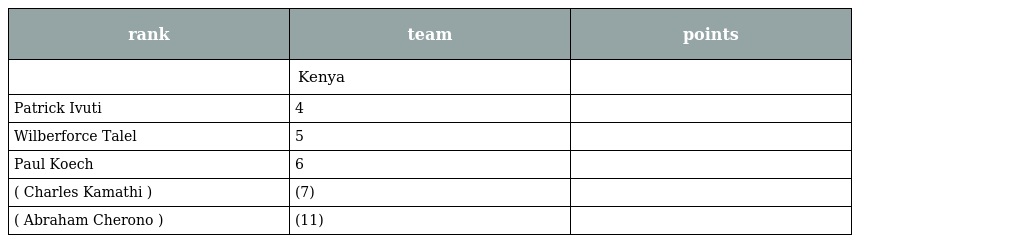
| rank | team | points |
 | --- | --- | --- |
 |  | Kenya |  |
 | Patrick Ivuti | 4 |  |
 | Wilberforce Talel | 5 |  |
 | Paul Koech | 6 |  |
 | ( Charles Kamathi ) | (7) |  |
 | ( Abraham Cherono ) | (11) |  |